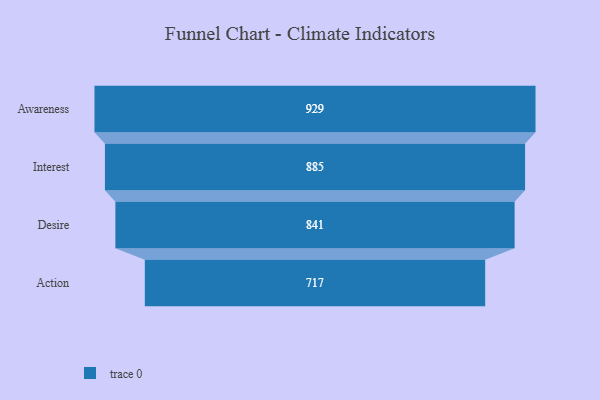
{"axis": {"x": "Stage", "y": "Value"}, "legend": [""], "data": [{"x": "Awareness", "y": 929.0, "type": ""}, {"x": "Interest", "y": 885.0, "type": ""}, {"x": "Desire", "y": 841.0, "type": ""}, {"x": "Action", "y": 717.0, "type": ""}]}